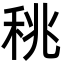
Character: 䄻